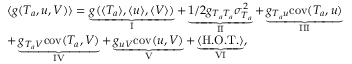
\begin{array} { r l } & { \langle g ( T _ { a } , u , V ) \rangle = \underbrace { g ( \langle T _ { a } \rangle , \langle u \rangle , \langle V \rangle ) } _ { \mathrm { I } } + \underbrace { 1 / 2 g _ { T _ { a } T _ { a } } \sigma _ { T _ { a } } ^ { 2 } } _ { \mathrm { I I } } + \underbrace { g _ { T _ { a } u } \mathrm { c o v } ( T _ { a } , u ) } _ { \mathrm { I I I } } } \\ & { + \underbrace { g _ { T _ { a } V } \mathrm { c o v } ( T _ { a } , V ) } _ { \mathrm { I V } } + \underbrace { g _ { u V } \mathrm { c o v } ( u , V ) } _ { \mathrm { V } } + \underbrace { \langle \mathrm { H . O . T . } \rangle } _ { \mathrm { V I } } , } \end{array}